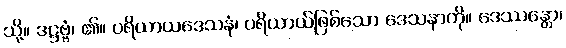
သို့။ ဒဋ္ဌဗ္ဗံ၊ ၏။ ပရိယာယဒေသနံ၊ ပရိယာယ်ဖြစ်သော ဒေသနာကို။ ဒေဿန္တော၊